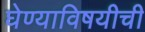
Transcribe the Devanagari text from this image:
घेण्याविषयीची